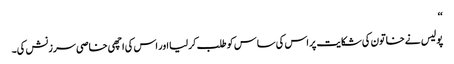
‘‘
پولیس نے خاتون کی شکایت پر اس کی ساس کو طلب کر لیا اور اس کی اچھی خاصی سرزنش کی۔